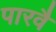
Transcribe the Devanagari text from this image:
पारवै